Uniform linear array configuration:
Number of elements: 12
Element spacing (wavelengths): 0.25
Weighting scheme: hann
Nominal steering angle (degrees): -60
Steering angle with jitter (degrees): -58.486
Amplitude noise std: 0.05
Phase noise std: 0.05

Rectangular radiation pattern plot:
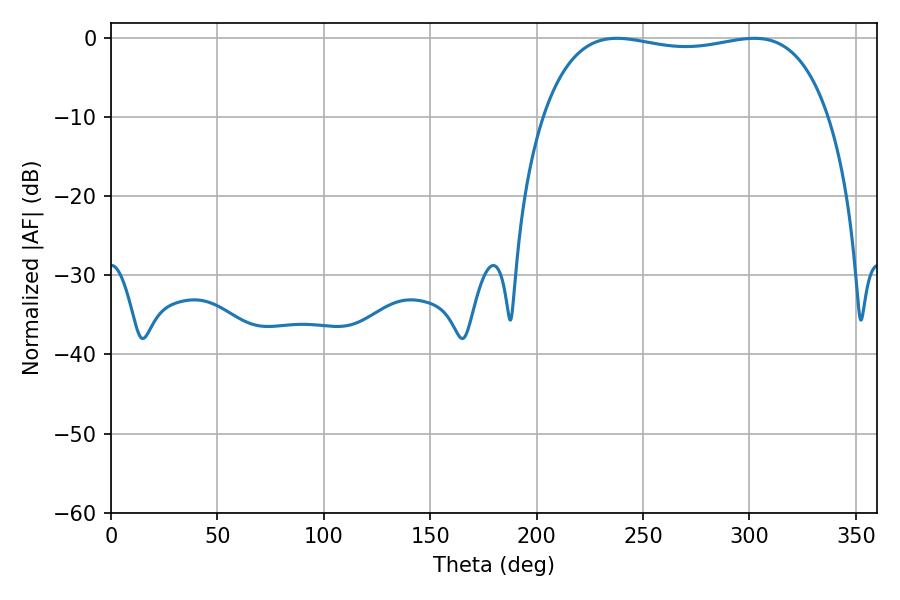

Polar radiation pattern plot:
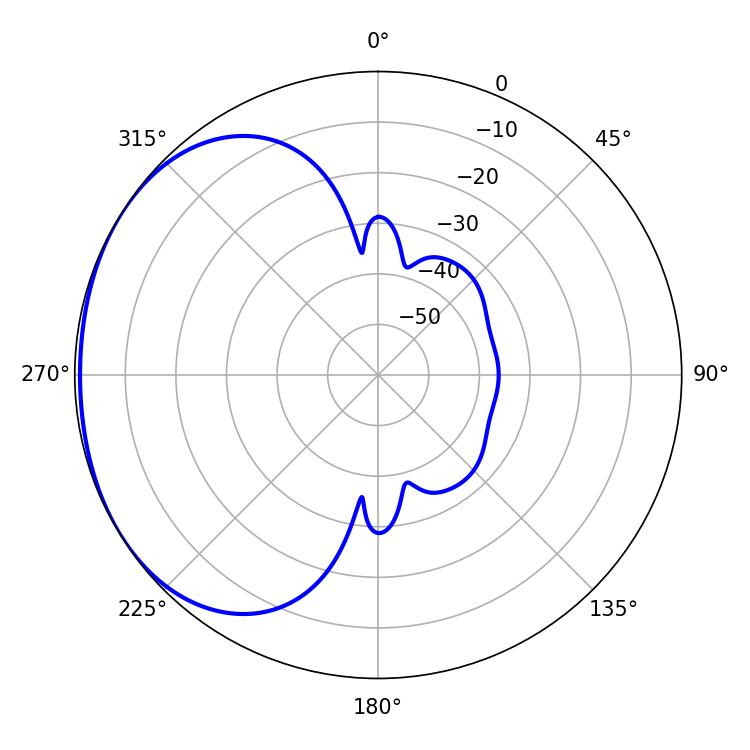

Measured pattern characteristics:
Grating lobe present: FALSE
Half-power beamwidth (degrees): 108.36
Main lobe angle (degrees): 237.78